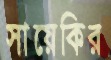
সায়েকির